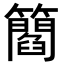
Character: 𥶿